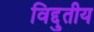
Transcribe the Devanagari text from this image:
विद्दुतीय